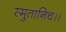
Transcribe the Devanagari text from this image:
स्मुतानिच।।